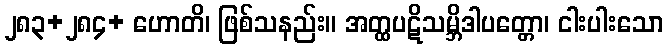
၂၈၃+၂၈၄+ ဟောတိ၊ ဖြစ်သနည်း။ အတ္ထပဋိသမ္ဘိဒါပတ္တော၊ ငါးပါးသော